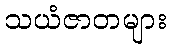
သယံဇာတများ